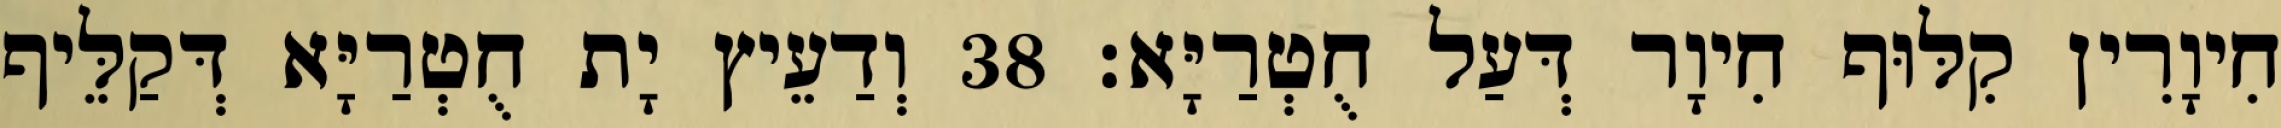
חִיוָרִין קִלּוּף חִיוָר דְּעַל חֻטְרַיָּא׃ 38 וְדַעֵיץ יָת חֻטְרַיָּא דְּקַלֵּיף